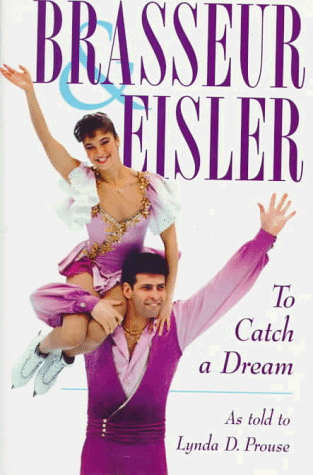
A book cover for Brasseur & Eisler: To Catch a Dream; Lynda D. Prouse; Sports & Outdoors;